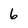
Character: 6